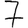
Digit: 7